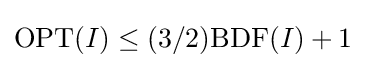
\mathrm {OPT} (I)\leq (3/2)\mathrm {BDF} (I)+1